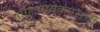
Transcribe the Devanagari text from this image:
साहित्यव्यवहाराची